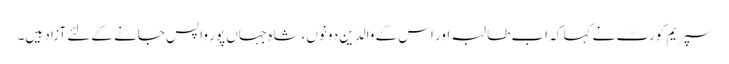
سپریم کورٹ نے کہا کہ اب طالبہ اور اس کے والدین دونوں، شاہ جہاں پور واپس جانے کے لئے آزاد ہیں۔